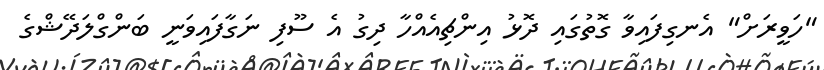
"ހަވީރަށް" އެނގިފައިވާ ގޮތުގައި ދޮޅު އިންޗިއެއްހާ ދިގު އެ ސޫފި ނަގާފައިވަނީ ބަންގްލަދޭޝްގެ